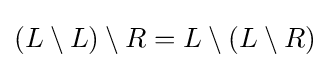
(L\setminus L)\setminus R=L\setminus (L\setminus R)